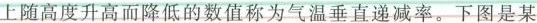
向上随高度升高而降低的数值称为气温垂直递减率。下图是某